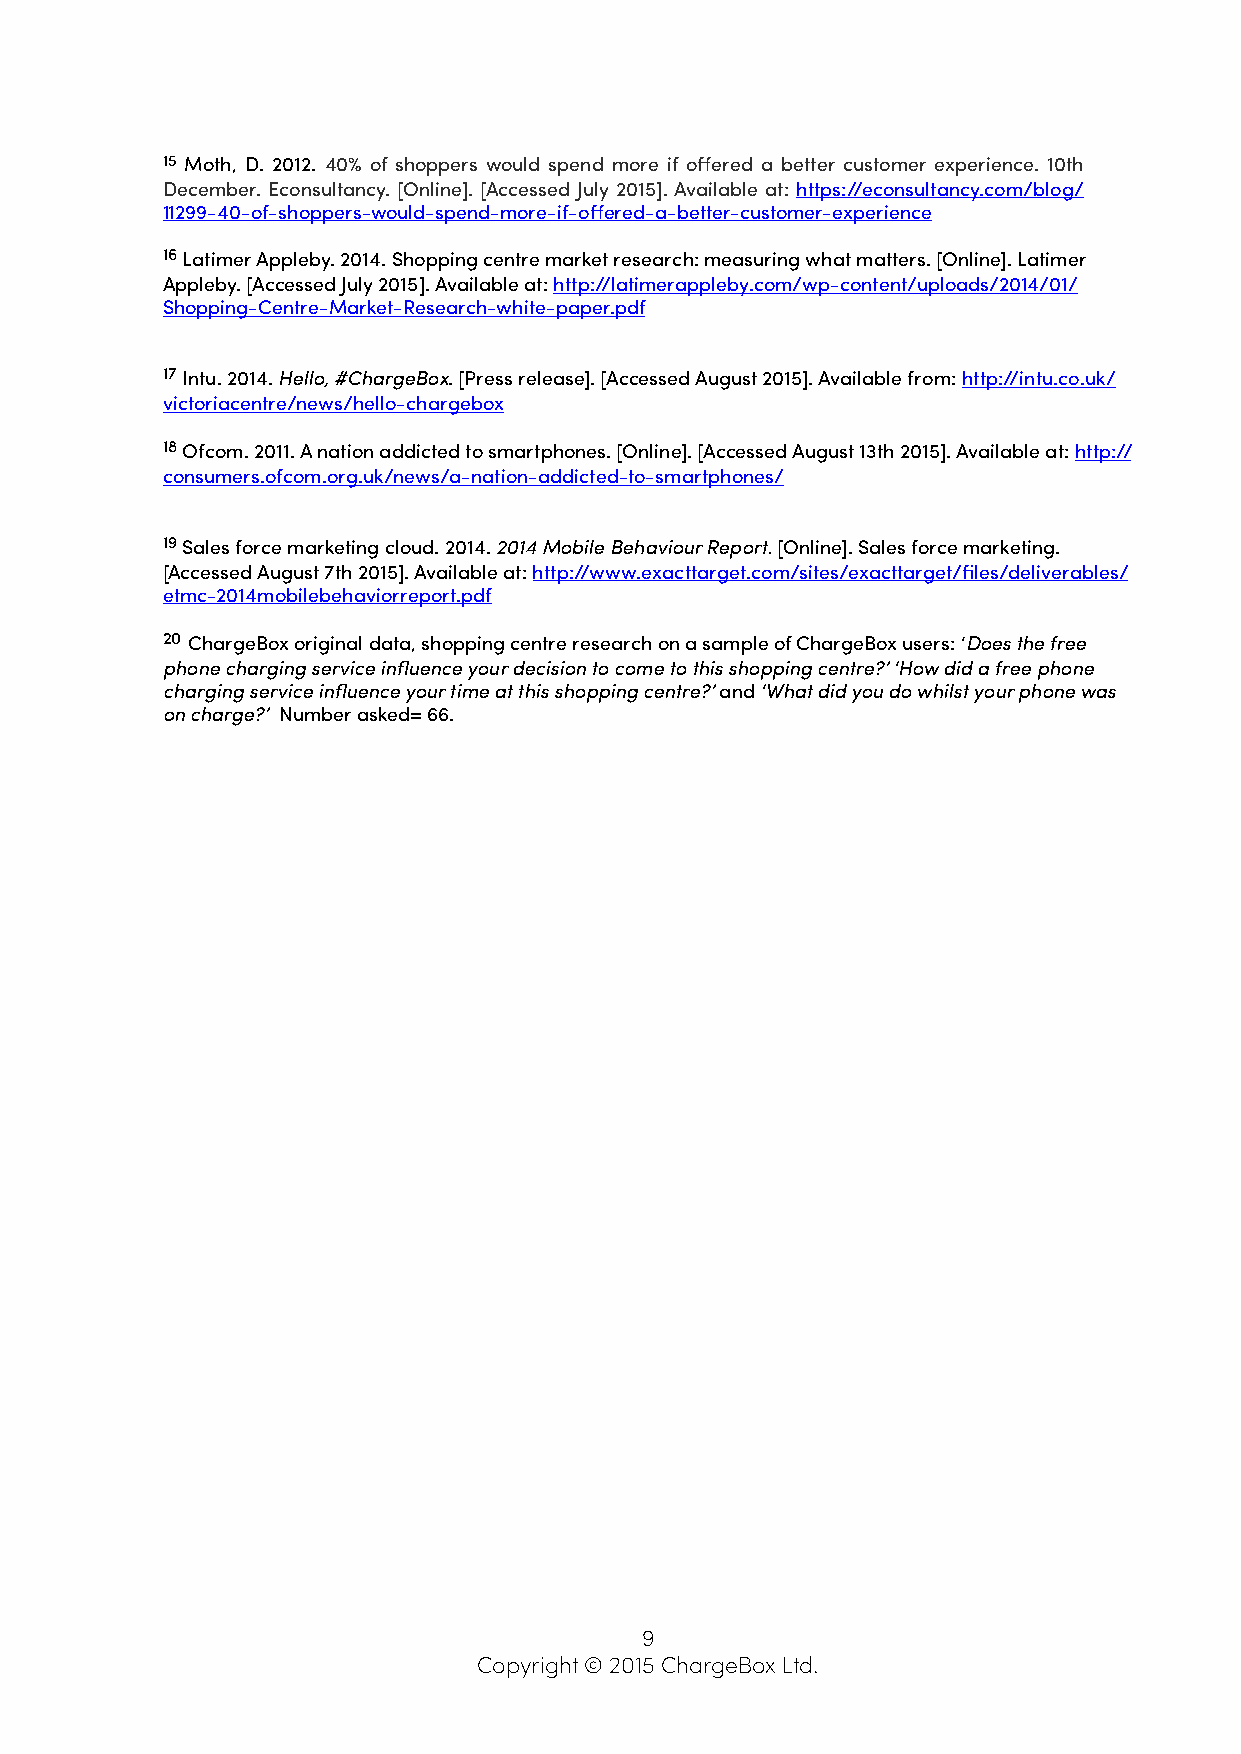
15 Moth, D. 2012. 40% of shoppers would spend more if offered a better customer experience. 10th
 December. Econsultancy. [Online]. [Accessed July 2015]. Available at: https://econsultancy.com/blog/
 11299-40-of-shoppers-would-spend-more-if-offered-a-better-customer-experience
 16 Latimer Appleby. 2014. Shopping centre market research: measuring what matters. [Online]. Latimer
 Appleby. [Accessed July 2015]. Available at: http://latimerappleby.com/wp-content/uploads/2014/01/
 Shopping-Centre-Market-Research-white-paper.pdf
 17 Intu. 2014. Hello, #ChargeBox. [Press release]. [Accessed August 2015]. Available from: http://intu.co.uk/
 victoriacentre/news/hello-chargebox
 18 Ofcom. 2011. A nation addicted to smartphones. [Online]. [Accessed August 13th 2015]. Available at: http://
 consumers.ofcom.org.uk/news/a-nation-addicted-to-smartphones/
 19 Sales force marketing cloud. 2014. 2014 Mobile Behaviour Report. [Online]. Sales force marketing.
 [Accessed August 7th 2015]. Available at: http://www.exacttarget.com/sites/exacttarget/files/deliverables/
 etmc-2014mobilebehaviorreport.pdf
 20 ChargeBox original data, shopping centre research on a sample of ChargeBox users: ‘Does the free
 phone charging service influence your decision to come to this shopping centre?’ ‘How did a free phone
 charging service influence your time at this shopping centre?’ and ‘What did you do whilst your phone was
 on charge?’ Number asked= 66.
 9
 Copyright © 2015 ChargeBox Ltd.